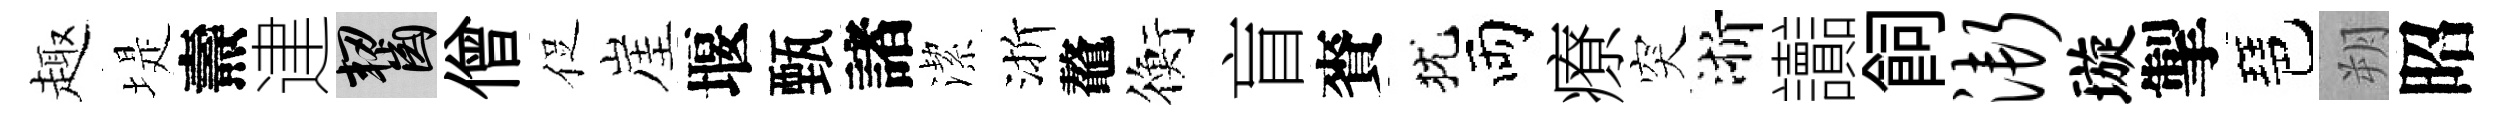
趣堤燾䢖齧僧促崖堰甄諸潔渐鼇衡盲賚犹両療突浙讟飼渐璇掣琶朔昭